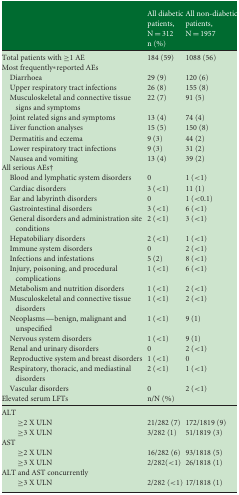
<table><thead><tr><td></td><td><b>All diabetic patients, N = 312</b></td><td><b>All non-diabetic patients, N = 1957</b></td></tr><tr><td></td><td colspan="3"><b>n (%)</b></td></tr></thead><tbody><tr><td>Total patients with ≥1 AE</td><td>184 (59)</td><td>1088 (56)</td></tr><tr><td colspan="3">Most frequently* reported AEs</td></tr><tr><td> Diarrhoea</td><td>29 (9)</td><td>120 (6)</td></tr><tr><td> Upper respiratory tract infections</td><td>26 (8)</td><td>155 (8)</td></tr><tr><td> Musculoskeletal and connective tissue signs and symptoms</td><td>22 (7)</td><td>91 (5)</td></tr><tr><td> Joint related signs and symptoms</td><td>13 (4)</td><td>74 (4)</td></tr><tr><td> Liver function analyses</td><td>15 (5)</td><td>150 (8)</td></tr><tr><td> Dermatitis and eczema</td><td>9 (3)</td><td>44 (2)</td></tr><tr><td> Lower respiratory tract infections</td><td>9 (3)</td><td>31 (2)</td></tr><tr><td> Nausea and vomiting</td><td>13 (4)</td><td>39 (2)</td></tr><tr><td colspan="3">All serious AEs†</td></tr><tr><td> Blood and lymphatic system disorders</td><td>0</td><td>1 (&lt;1)</td></tr><tr><td> Cardiac disorders</td><td>3 (&lt;1)</td><td>11 (1)</td></tr><tr><td> Ear and labyrinth disorders</td><td>0</td><td>1 (&lt;0.1)</td></tr><tr><td> Gastrointestinal disorders</td><td>3 (&lt;1)</td><td>6 (&lt;1)</td></tr><tr><td> General disorders and administration site conditions</td><td>2 (&lt;1)</td><td>3 (&lt;1)</td></tr><tr><td> Hepatobiliary disorders</td><td>2 (&lt;1)</td><td>1 (&lt;1)</td></tr><tr><td> Immune system disorders</td><td>0</td><td>2 (&lt;1)</td></tr><tr><td> Infections and infestations</td><td>5 (2)</td><td>8 (&lt;1)</td></tr><tr><td> Injury, poisoning, and procedural complications</td><td>1 (&lt;1)</td><td>6 (&lt;1)</td></tr><tr><td> Metabolism and nutrition disorders</td><td>1 (&lt;1)</td><td>2 (&lt;1)</td></tr><tr><td> Musculoskeletal and connective tissue disorders</td><td>1 (&lt;1)</td><td>2 (&lt;1)</td></tr><tr><td> Neoplasms—benign, malignant and unspecified</td><td>1 (&lt;1)</td><td>9 (1)</td></tr><tr><td> Nervous system disorders</td><td>1 (&lt;1)</td><td>9 (1)</td></tr><tr><td> Renal and urinary disorders</td><td>0</td><td>2 (&lt;1)</td></tr><tr><td> Reproductive system and breast disorders</td><td>1 (&lt;1)</td><td>0</td></tr><tr><td> Respiratory, thoracic, and mediastinal disorders</td><td>2 (&lt;1)</td><td>1 (&lt;1)</td></tr><tr><td> Vascular disorders</td><td>0</td><td>2 (&lt;1)</td></tr><tr><td>Elevated serum LFTs</td><td colspan="3">n/N (%)</td></tr><tr><td colspan="3">ALT</td></tr><tr><td> ≥2 X ULN</td><td>21/282 (7)</td><td>172/1819 (9)</td></tr><tr><td> ≥3 X ULN</td><td>3/282 (1)</td><td>51/1819 (3)</td></tr><tr><td colspan="3">AST</td></tr><tr><td> ≥2 X ULN</td><td>16/282 (6)</td><td>93/1818 (5)</td></tr><tr><td> ≥3 X ULN</td><td>2/282(&lt;1)</td><td>26/1818 (1)</td></tr><tr><td colspan="3">ALT and AST concurrently</td></tr><tr><td> ≥3 X ULN</td><td>2/282 (&lt;1)</td><td>17/1818 (1)</td></tr></tbody></table>